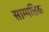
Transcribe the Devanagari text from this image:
साम्पत्तिक